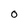
Character: 0